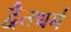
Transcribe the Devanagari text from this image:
द्वैतधर्म